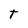
Character: T